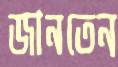
জানতেন